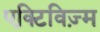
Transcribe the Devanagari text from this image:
एक्टिविज़्म